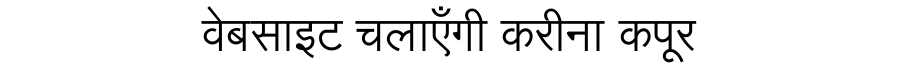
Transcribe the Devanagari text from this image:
वेबसाइट चलाएँगी करीना कपूर